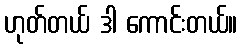
ဟုတ်တယ် ဒါ ကောင်းတယ်။